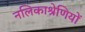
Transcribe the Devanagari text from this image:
नलिकाश्रेणियों